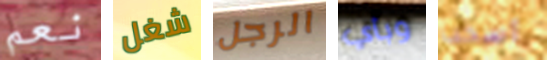
نعم شغل الرجل وبأي أسحب